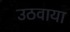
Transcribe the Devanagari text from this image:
उठवाया